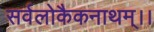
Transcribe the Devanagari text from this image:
सर्वलोकैकनाथम्।।